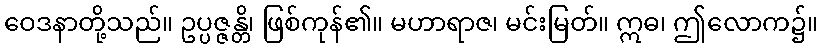
ဝေဒနာတို့သည်။ ဥပ္ပဇ္ဇန္တိ၊ ဖြစ်ကုန်၏။ မဟာရာဇ၊ မင်းမြတ်။ ဣဓ၊ ဤလောက၌။